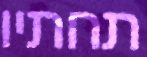
תחתיו